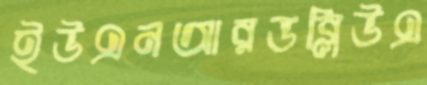
ইউএনআরডব্লিউএ